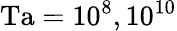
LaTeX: \mathrm{Ta}=10^{8},10^{10}